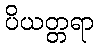
ပိယတ္တရာ